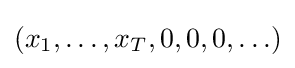
(x_{1},\ldots ,x_{T},0,0,0,\ldots )